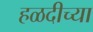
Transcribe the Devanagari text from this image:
हळदीच्या